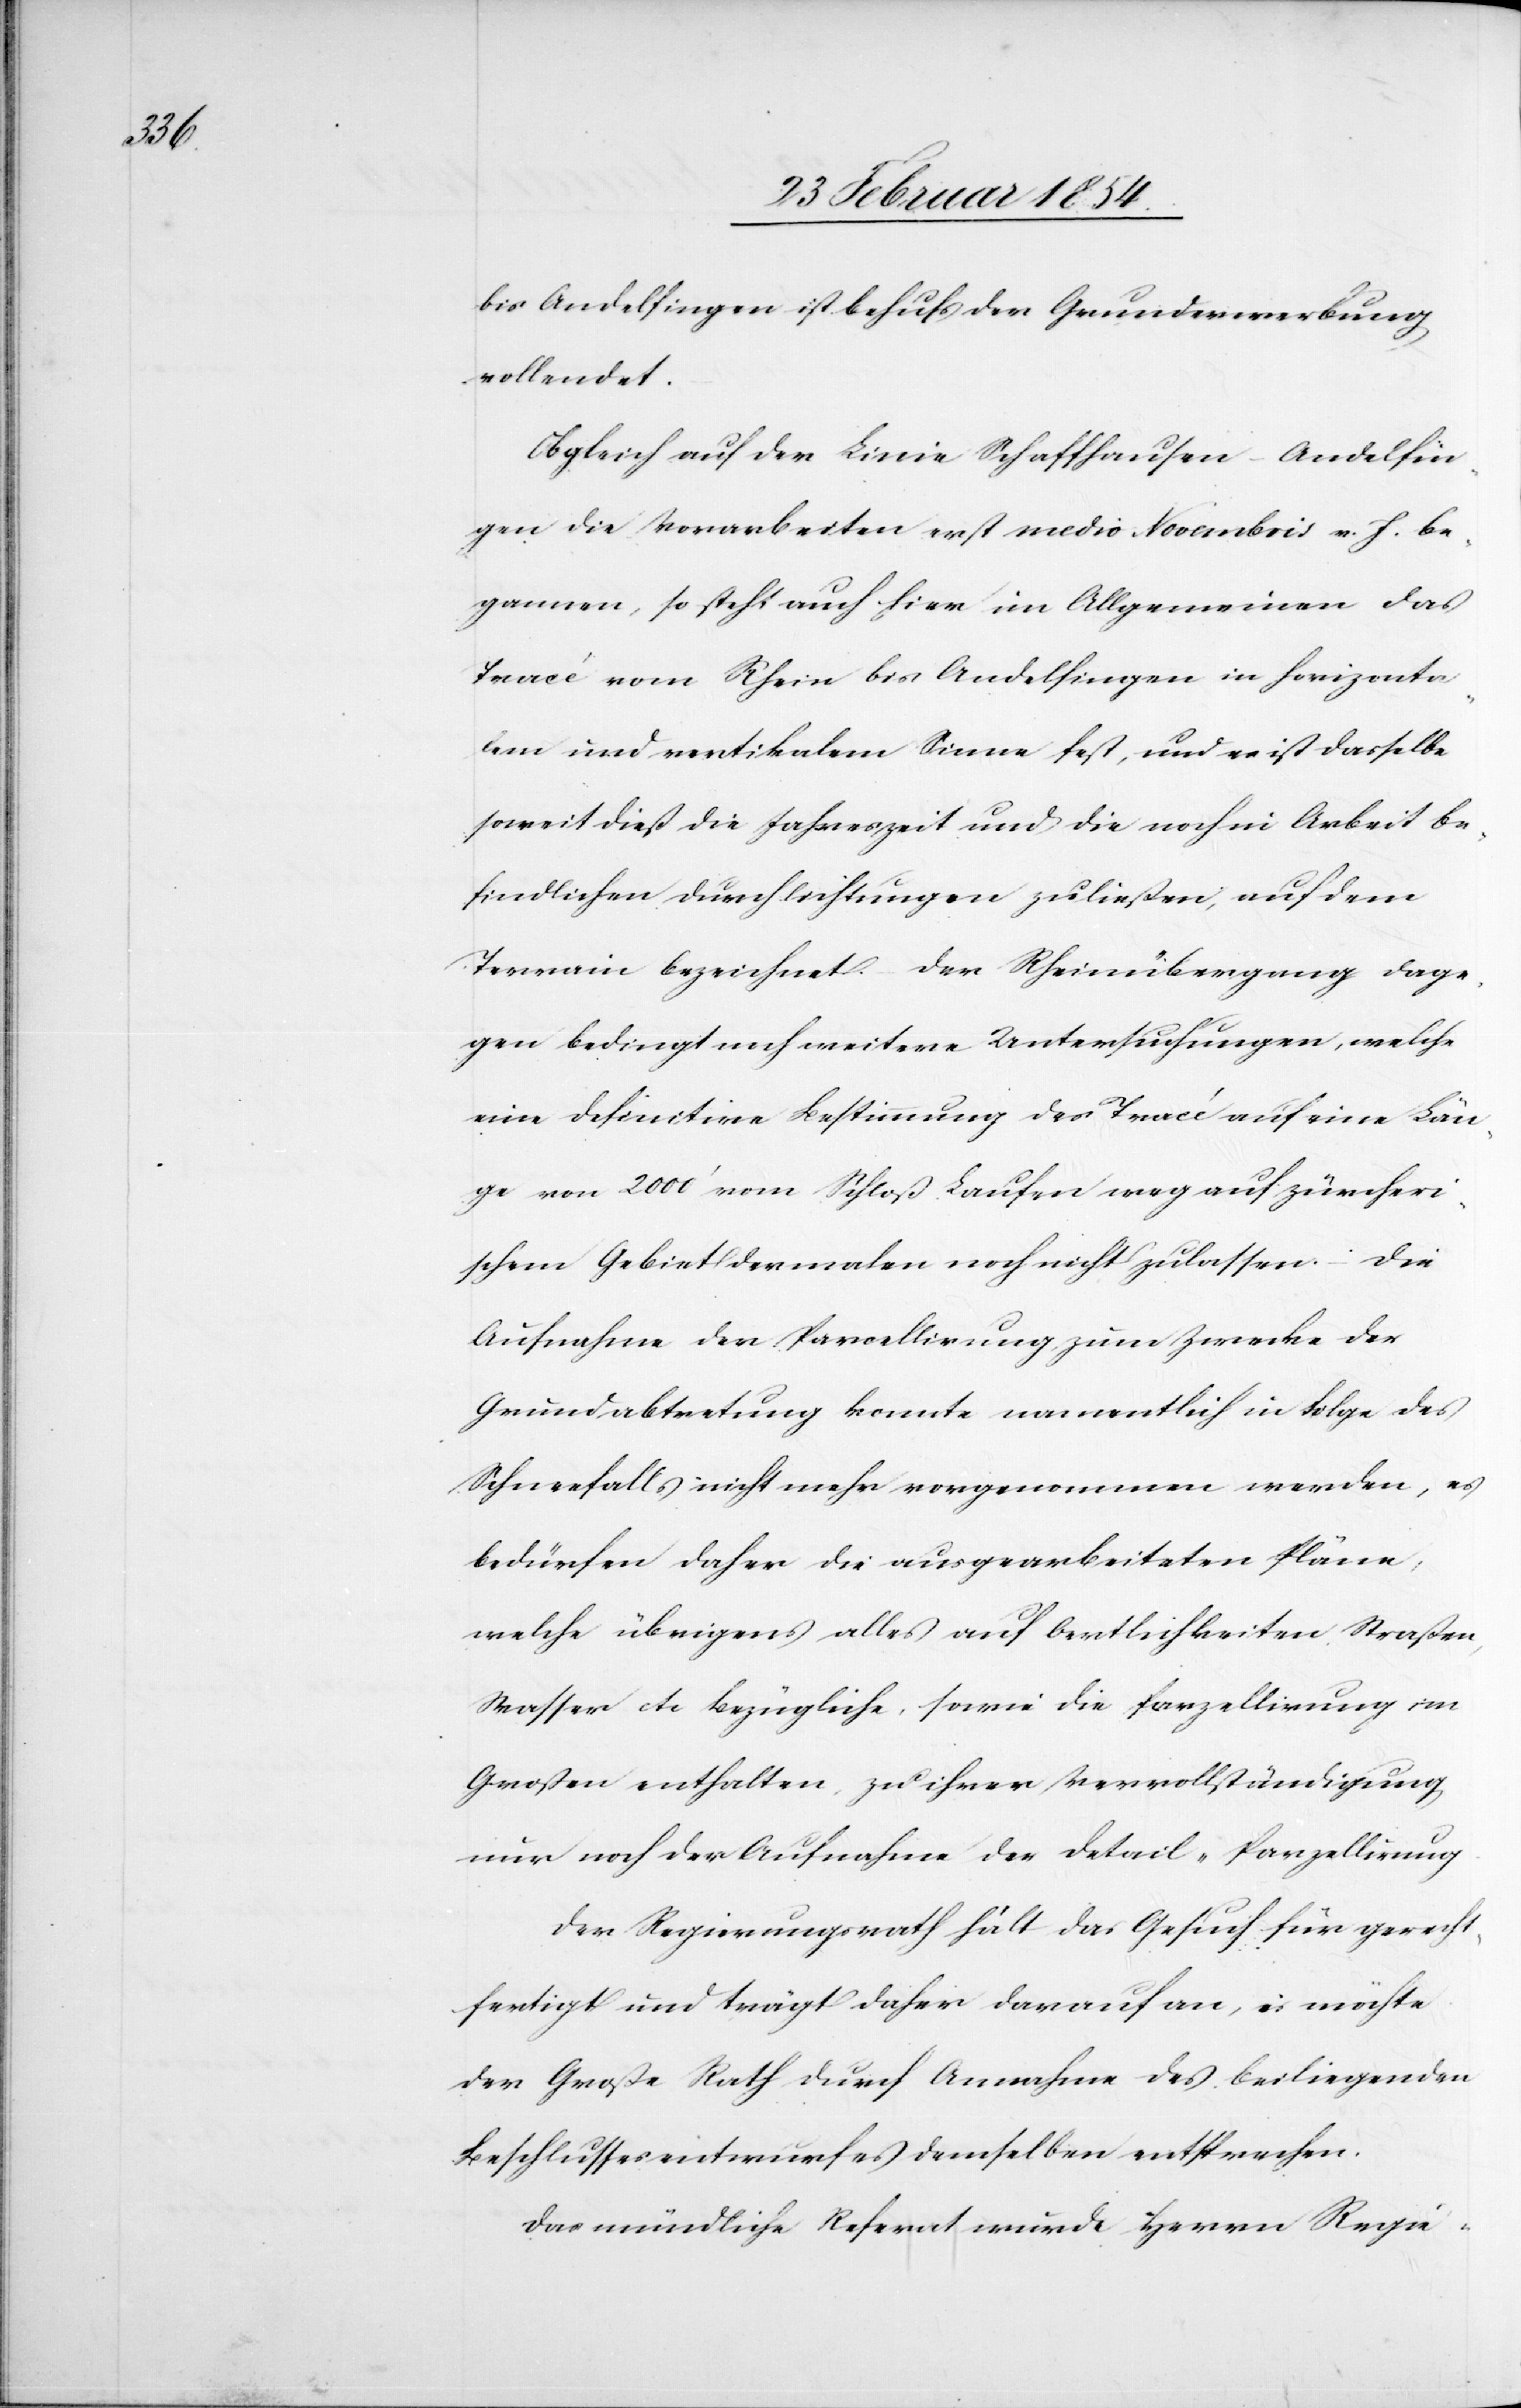
bis Andelfingen ist behufs der Grunderwerbung
vollendet.
Obgleich auf der Linie Schaffhausen–Andelfin¬
gen die Vorarbeiten erst medio Novembris v. J. be¬
gannen, so steht auch hier im Allgemeinen das
Tracé vom Rhein bis Andelfingen in horizonta¬
lem und vertikalem Sinne fest, und es ist dasselbe
soweit dieß die Jahreszeit und die noch in Arbeit be¬
findlichen Durchlichtungen zuließen, auf dem
Terrain bezeichnet. – Der Rheinübergang dage¬
gen bedingt noch weitere Untersuchungen, welche
eine definitive Bestimmung des Tracé auf eine Län¬
ge von 2000‘ vom Schloß Laufen weg auf zürcheri¬
schem Gebiet dermalen noch nicht zulassen. – Die
Aufnahme der Parcellirung, zum Zwecke der
Grundabtretung konnte namentlich in Folge des
Schneefalls nicht mehr vorgenommen werden, es
bedürfen daher die ausgearbeiteten Pläne,
welche übrigens alles auf Oertlichkeiten[,] Straßen,
Wasser etc bezügliche, sowie die Parzellirung im
Großen enthalten, zu ihrer Vervollständigung
nur noch der Aufnahme der Detail-Parzellirung.
Der Regierungsrath hält das Gesuch für gerecht¬
fertigt und trägt daher darauf an, es möchte
der Große Rath durch Annahme des beiliegenden
Beschlussesentwurfes demselben entsprechen.
Das mündliche Referat wurde Herrn Regie-